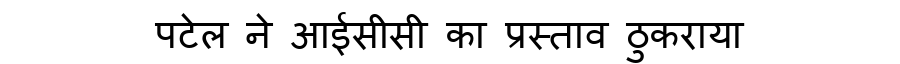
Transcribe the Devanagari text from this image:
पटेल ने आईसीसी का प्रस्ताव ठुकराया